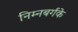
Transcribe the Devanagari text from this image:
निम्नबर्गके